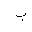
Letter: _ba